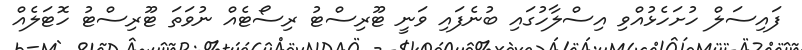
ފައިސަލް ހުށަހެޅުއްވި އިސްލާހުގައި ބުނެފައި ވަނީ ޓޫރިސްޓު ރިސޯޓެއް ނުވަތަ ޓޫރިސްޓު ހޮޓަލެއް